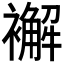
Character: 𧞊